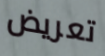
تعريض